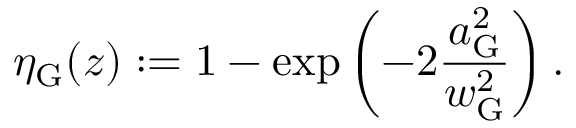
\eta _ { \mathrm { G } } ( z ) : = 1 - \exp \left( - 2 \frac { a _ { \mathrm { G } } ^ { 2 } } { w _ { \mathrm { G } } ^ { 2 } } \right) .